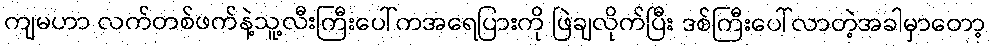
ကျမဟာ လက်တစ်ဖက်နဲ့သူ့လီးကြီးပေါ်ကအရေပြားကို ဖြဲချလိုက်ပြီး ဒစ်ကြီးပေါ်လာတဲ့အခါမှာတော့